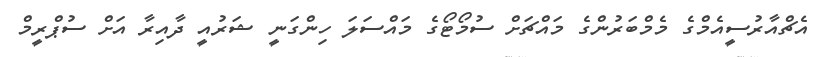
އެޗްއާރުސީއެމްގެ މެމްބަރުންގެ މައްޗަށް ސުމޯޓޯގެ މައްސަލަ ހިންގަނީ ޝަރުއީ ދާއިރާ އަށް ސުޕްރީމް